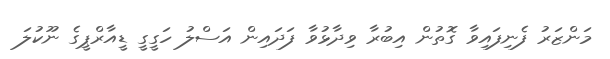
މަންޒަރު ފެނިފައިވާ ގޮތުން އިބުރާ ވިދާޅުވާ ފަދައިން އަސްލު ހަގީގީ ޑީއާރްޕީގެ ނޫކުލަ